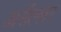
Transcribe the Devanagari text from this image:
अर्सेल्लर